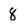
Character: 8